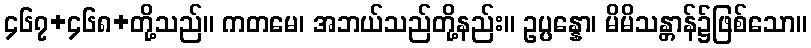
၄၆၇+၄၆၈+တို့သည်။ ကတမေ၊ အဘယ်သည်တို့နည်း။ ဥပ္ပန္နော၊ မိမိသန္တာန်၌ဖြစ်သော။